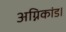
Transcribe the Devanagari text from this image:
अग्निकांड।